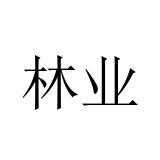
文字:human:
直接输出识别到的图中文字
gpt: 林业